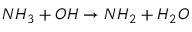
N H _ { 3 } + O H \rightarrow N H _ { 2 } + H _ { 2 } O